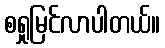
စရှုမြင်လာပါတယ်။